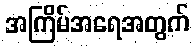
အကြိမ်အရေအတွက်